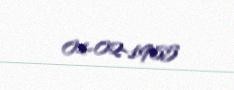
01-02-1985